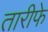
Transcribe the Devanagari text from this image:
तारीफे